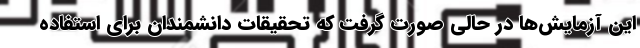
این آزمایش‌ها در حالی صورت گرفت که تحقیقات دانشمندان برای استفاده